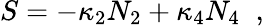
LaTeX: S=-\kappa_{2}N_{2}+\kappa_{4}N_{4}\; \; ,